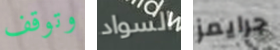
وتوقف السواد جرايمز